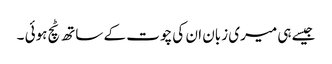
جیسے ہی میری زبان ان کی چوت کے ساتھ ٹچ ہوئی ۔